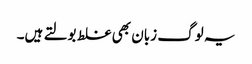
یہ لوگ زبان بھی غلط بولتے ہیں۔